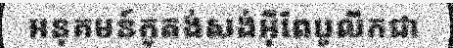
អនុគមន៍កូតង់សង់អ៊ីពែបូលីកជា